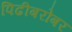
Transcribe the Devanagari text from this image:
पिढीबरोबर